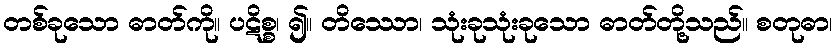
တစ်ခုသော ဓာတ်ကို။ ပဋိစ္စ၊ ၍။ တိဿော၊ သုံးခုသုံးခုသော ဓာတ်တို့သည်။ စတုဓာ၊